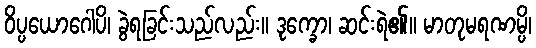
ဝိပ္ပယောဂေါပိ၊ ခွဲရခြင်းသည်လည်း။ ဒုက္ခော၊ ဆင်းရဲ၏။ မာတုမရဏမ္ပိ၊